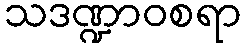
သဒဏ္ဍာဝစရာ